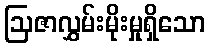
ဩဇာလွှမ်းမိုးမှုရှိသော